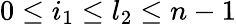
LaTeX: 0\leq i_{1}\leq l_{2}\leq n-1